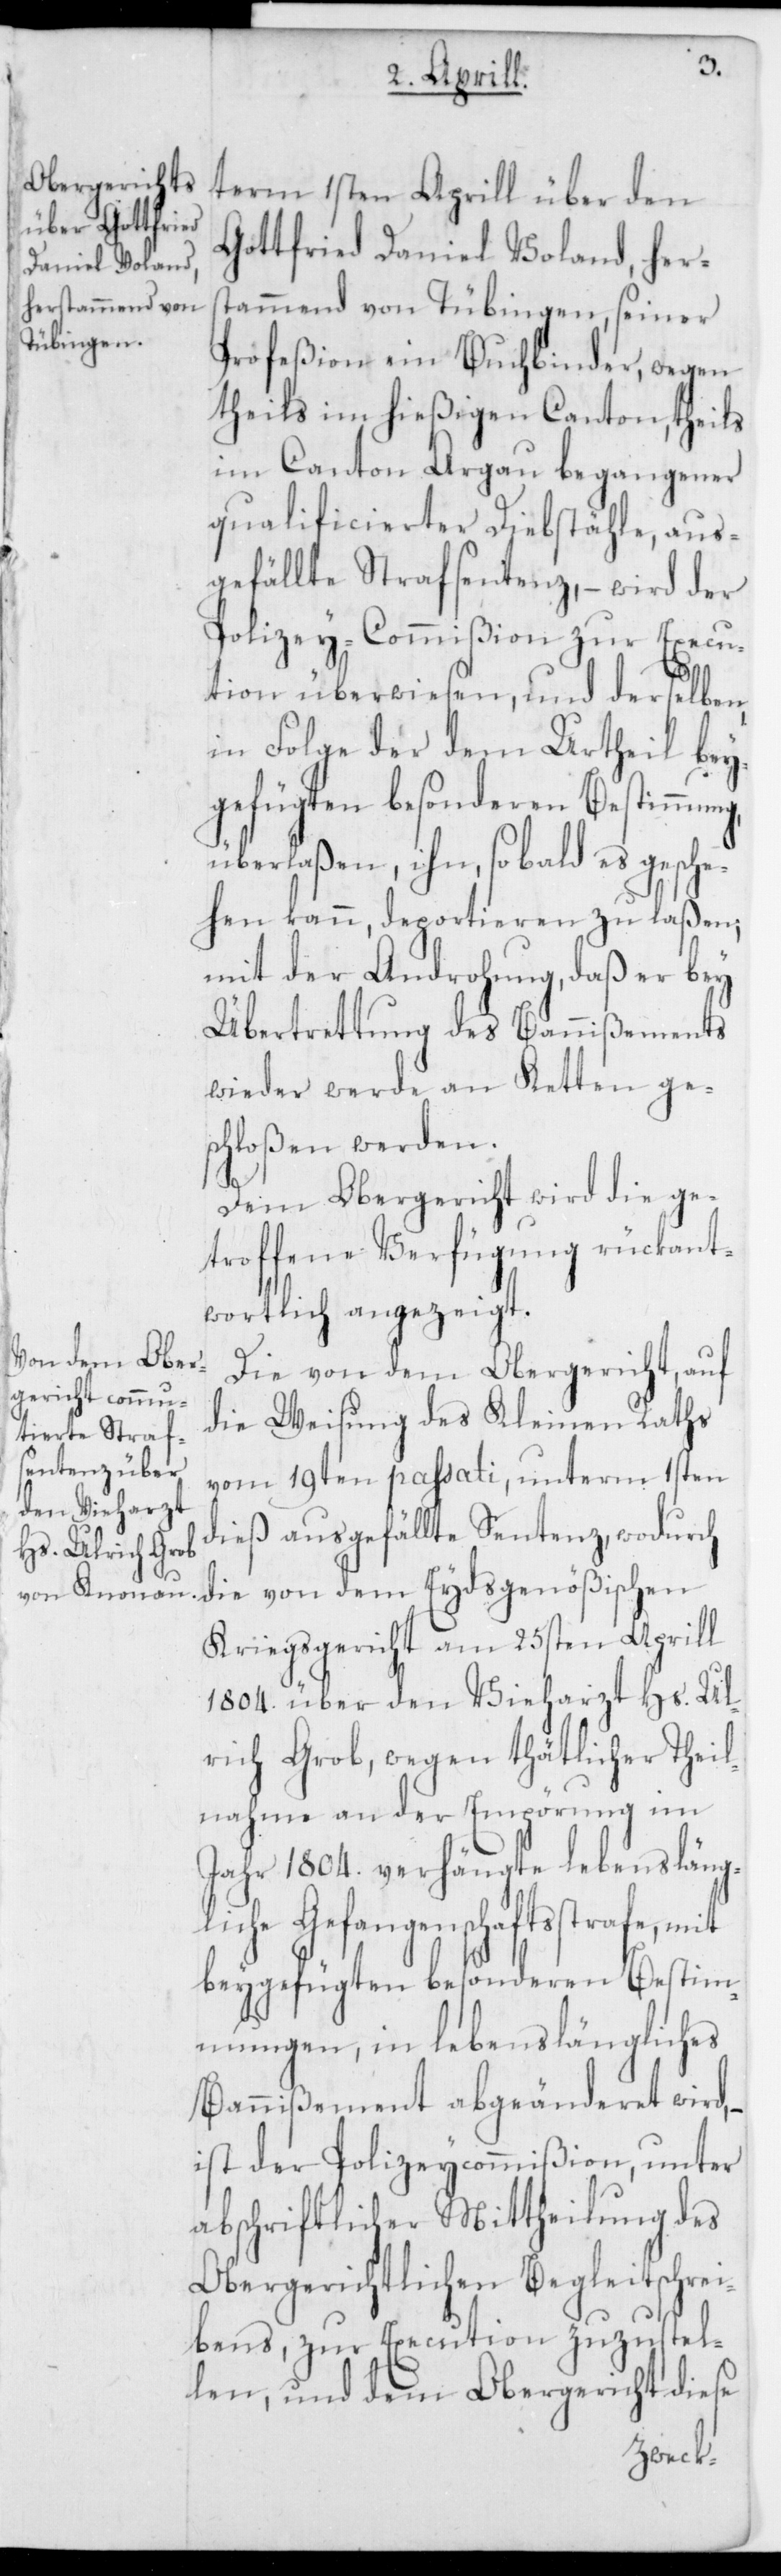
term 1sten Aprill über den
Gottfried Daniel Voland, hers¬
tammend von Tübingen, seiner
Profeßion ein Buchbinder, wegen
theils im hießigen Canton theils
im Canton Argau begangener
qualificierter Diebstähle, aus¬
gefällte Strafsentenz, – wird der
Polizey-Commißion zur Execu¬
tion überwiesen, und derselben,
in Folge der dem Urtheil bey¬
gefügten besonderen Bestimmung
überlaßen, ihn, sobald es gesche¬
hen kann, deportieren zu laßen;
mit der Androhung, daß er bey
Übertrettung des Bannißements
wieder werde an Ketten ge¬
schloßen werden.
Dem Obergericht wird die ge¬
troffene Verfügung rückant¬
wortlich angezeigt.
Die von dem Obergericht, auf
die Weisung des Kleinen Raths
vom 19ten passati, unterm 1sten
dieß ausgefällte Sentenz, wodurch
die von dem Eydsgenößischen
Kriegsgericht am 25sten Aprill
1804. über den Vieharzt Hs. Ul¬
rich Grob, wegen thätlicher Theil¬
nahme an der Empörung im
Jahr 1804. verhängte lebensläng¬
liche Gefangenschaftsstrafe, mit
beygefügten besonderen Bestim¬
mungen, in lebenslängliches
Bannißement abgeänderet wird,
ist der Polizeycommißion, unter
abschriftlicher Mittheilung des
Obergerichtlichen Begleitschre¬
ibens, zur Execution zuzustel¬
len, und dem Obergericht diese